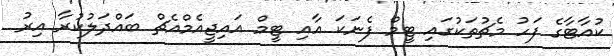
ކުއާޓާގެ ފަހު މެޗުތަކުގައި ޓީމް ފެނަކަ އާއި ޓީމް އައިޖީއެމްއެޗް ބައްދަލުކުރާ އިރު